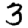
Digit: 3